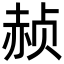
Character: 赪